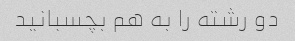
دو رشته را به هم بچسبانید